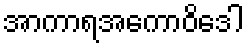
အာကာရအကောဝိဒေါ